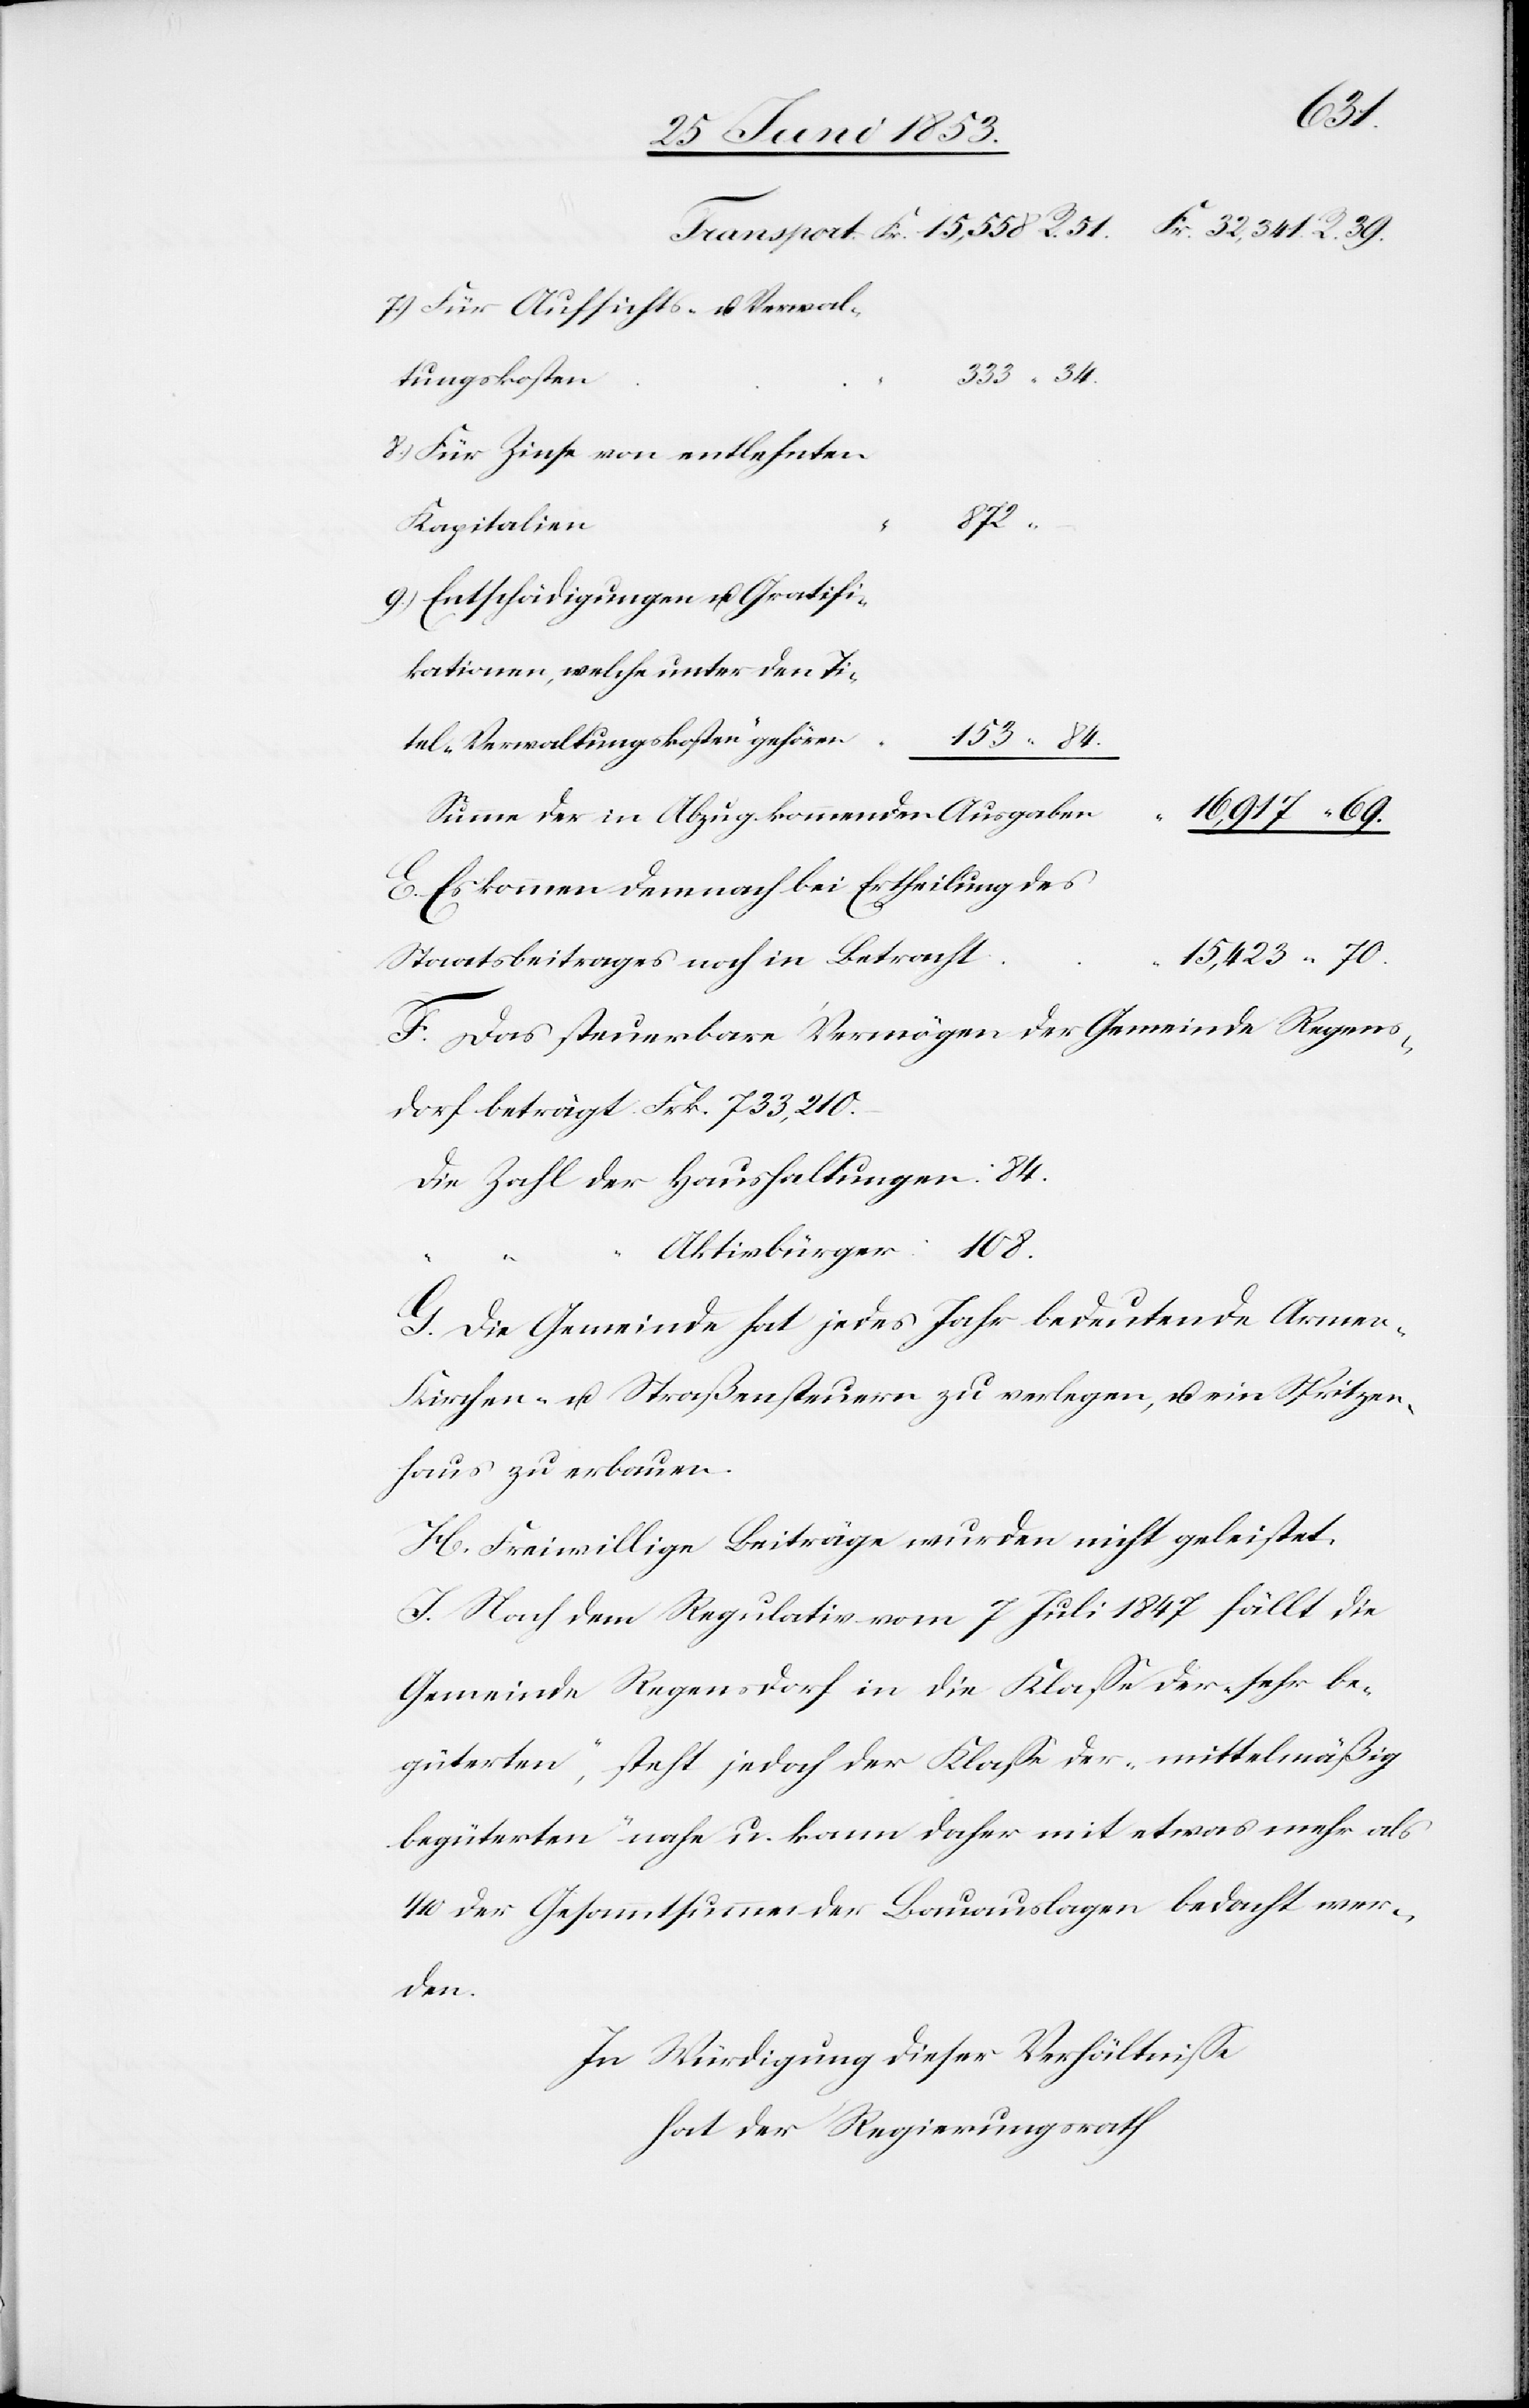
Betracht
tungskosten“
8.) Für Zinse von entlehnten
70.
9.) Entschädigungen u. Gratifi¬
Summe der in Abzug kommenden Ausgabe¬
16,917. “ 69.
E. Es kommen demnach bei Ertheilung des
F. Das steuerbare Vermögen der Gemeinde Regens¬
dorf beträgt Frk. 733, 210.
Die Zahl der Haushaltungen: 84
Aktivbürger: 108.
G. Die Gemeinde hat jedes Jahr bedeutende Armen-K¬
irchen- u. Straßensteuern zu verlegen, u. ein Spritzen¬
haus zu erbauen.
H. Freiwillige Beiträge wurden nicht geleistet.
I. Nach dem Regulativ vom 7 Juli 1847 fällt die
Gemeinde Regensdorf in die Klaße der „sehr be¬
güterten“, steht jedoch der Klaße der „mittelmäßig
begürteten“ nahe u. kann daher mit etwas mehr als
1/10 der Gesammtsumme der Bauauslagen bedacht wer¬
den.
In Würdigung dieser Verhältniße
hat der Regierungsrath